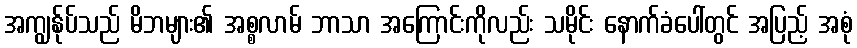
အကျွန်ုပ်သည် မိဘများ၏ အစ္စလာမ် ဘာသာ အကြောင်းကိုလည်း သမိုင်း နောက်ခံပေါ်တွင် အပြည့် အစုံ